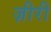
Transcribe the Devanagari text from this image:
ज़ीरी